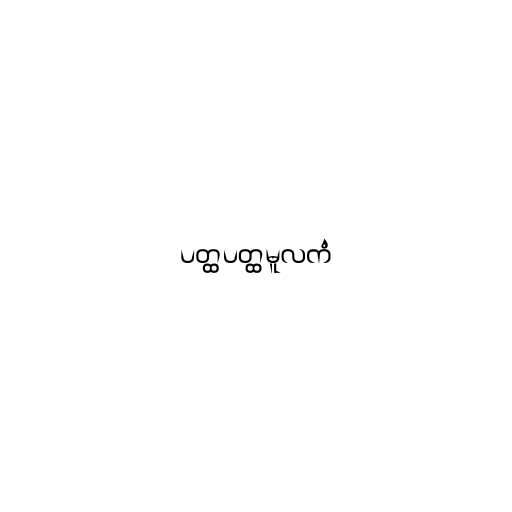
ပတ္ထပတ္ထမူလကံ